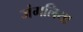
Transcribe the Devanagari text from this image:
जंगलिया